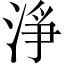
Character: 淨